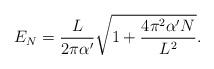
LaTeX: \begin{align*}E_N=\frac{L}{2\pi\alpha'}\sqrt{ 1+\frac{4\pi^2\alpha'N}{L^2}}.\end{align*}